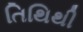
તિથિથી